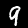
Digit: 9